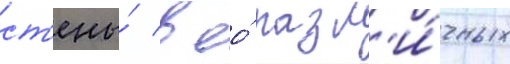
ст'ены́ в ео́ разл'и́чных